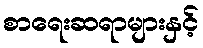
စာရေးဆရာများနှင့်